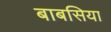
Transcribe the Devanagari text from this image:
बाबसिया